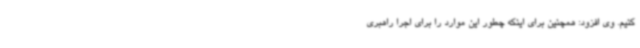
کنیم. وی افزود: همچنین برای اینکه چطور این موارد را برای اجرا راهبری